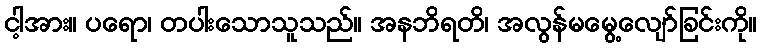
ငါ့အား။ ပရော၊ တပါးသောသူသည်။ အနဘိရတိ၊ အလွန်မမွေ့လျော်ခြင်းကို။